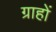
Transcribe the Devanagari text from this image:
ग्राहों